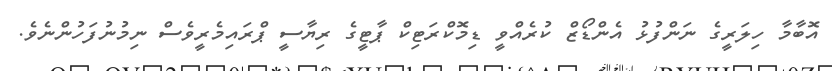
އޮބާމާ ހިލަރީގެ ނަންފުޅު އެންޑޯޒް ކުރެއްވީ ޑިމޮކްރަޓިކް ޕާޓީގެ ރިޔާސީ ޕްރައިމެރީވެސް ނިމުނުފަހުންނެވެ.